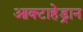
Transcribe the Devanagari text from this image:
आक्टाहेड्रान